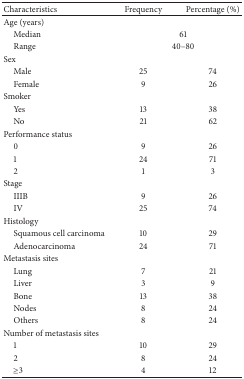
| Characteristics | Frequency | Percentage (%) |
 | --- | --- | --- |
 | Age (years) |  |  |
 | Median | <COLSPAN=2> 61 |
 | Range | <COLSPAN=2> 40–80 |
 | Sex |  |  |
 | Male | 25 | 74 |
 | Female | 9 | 26 |
 | Smoker |  |  |
 | Yes | 13 | 38 |
 | No | 21 | 62 |
 | Performance status |  |  |
 | 0 | 9 | 26 |
 | 1 | 24 | 71 |
 | 2 | 1 | 3 |
 | Stage |  |  |
 | IIIB | 9 | 26 |
 | IV | 25 | 74 |
 | Histology |  |  |
 | Squamous cell carcinoma | 10 | 29 |
 | Adenocarcinoma | 24 | 71 |
 | Metastasis sites |  |  |
 | Lung | 7 | 21 |
 | Liver | 3 | 9 |
 | Bone | 13 | 38 |
 | Nodes | 8 | 24 |
 | Others | 8 | 24 |
 | Number of metastasis sites |  |  |
 | 1 | 10 | 29 |
 | 2 | 8 | 24 |
 | ≥3 | 4 | 12 |